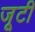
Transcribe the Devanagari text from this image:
जूटी